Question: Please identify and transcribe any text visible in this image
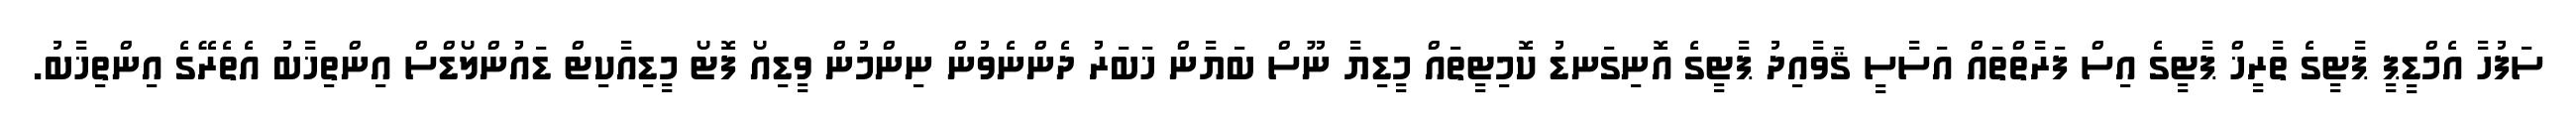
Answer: ސަފުހާ އެމްޑީޕީ ޕާޓީގެ ތާރީޚް ޕާޓީގެ އިސް ފަރާތްތައް އަސާސީ ޤަވާއިދު ޕާޓީގެ އޮނިގަނޑު ކޮމިޓީތައް މީޑިޔާ ނޫސް ބަޔާން ޚަބަރު ދެންނެވުން ނިންމުން ވީޑިއޯ ފޮޓޯ މީޑިއާކިޓް ޑައުންލޯޑްސް އިންތިޚާބު އެތެރޭގެ އިންތިޚާބު.